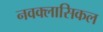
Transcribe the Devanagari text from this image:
नवक्लासिकल